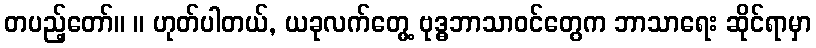
တပည့်တော်။ ။ ဟုတ်ပါတယ်, ယခုလက်တွေ့ ဗုဒ္ဓဘာသာဝင်တွေက ဘာသာရေး ဆိုင်ရာမှာ